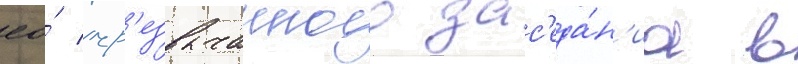
ео́ чр'езвычаиного зас'еда́н'иа в